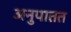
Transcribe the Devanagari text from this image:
अनुपातत